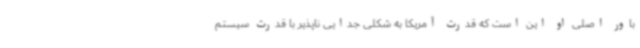
باور اصلی او این است که قدرت آمریکا به شکلی جدایی ناپذیر با قدرت سیستم